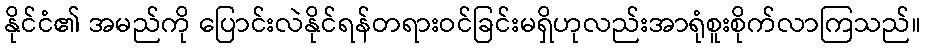
နိုင်ငံ၏ အမည်ကို ပြောင်းလဲနိုင်ရန်တရားဝင်ခြင်းမရှိဟုလည်းအာရုံစူးစိုက်လာကြသည်။